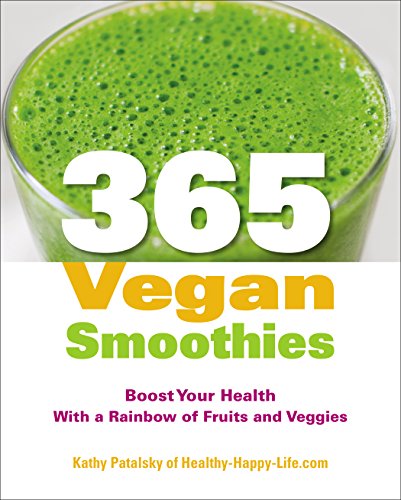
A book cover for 365 Vegan Smoothies: Boost Your Health With a Rainbow of Fruits and Veggies; Kathy Patalsky; Cookbooks, Food & Wine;